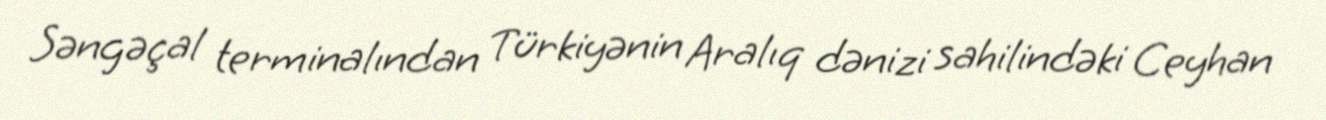
Səngəçal terminalından Türkiyənin Aralıq dənizi sahilindəki Ceyhan